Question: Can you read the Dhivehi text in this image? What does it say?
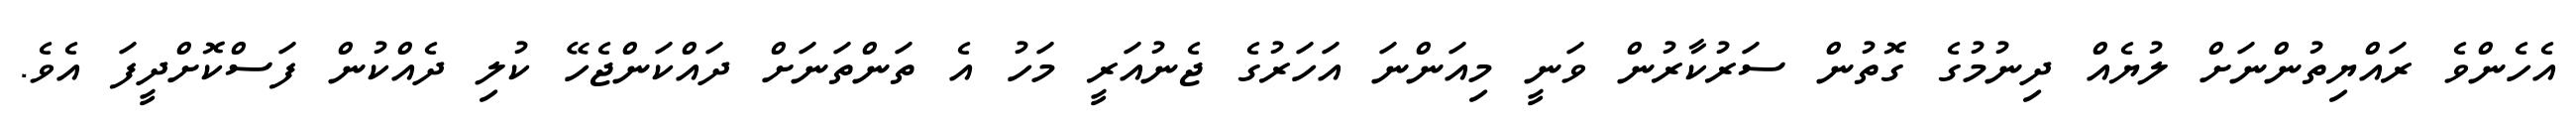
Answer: އެހެންވެ ރައްޔިތުންނަށް ލުޔެއް ދިނުމުގެ ގޮތުން ސަރުކާރުން ވަނީ މިއަންނަ އަހަރުގެ ޖެނުއަރީ މަހު އެ ތަންތަނަށް ދައްކަންޖެހޭ ކުލި ދެއްކުން ފަސްކޮށްދީފަ އެވެ.